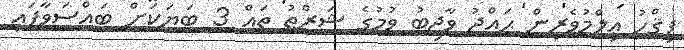
ފިޤްހު ޢިލްމުވެރިން ޙައްޖު ވާޖިބު ވުމުގެ ޝަރްޠު ތައް 3 ބަޔަކަށް ބައްސަވާފައި